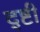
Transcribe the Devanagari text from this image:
द्ष्टी